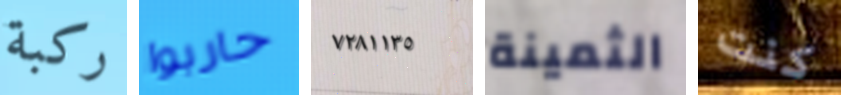
ركبة حاربوا ٧٢٨١١٣٥ الثمينة كنت